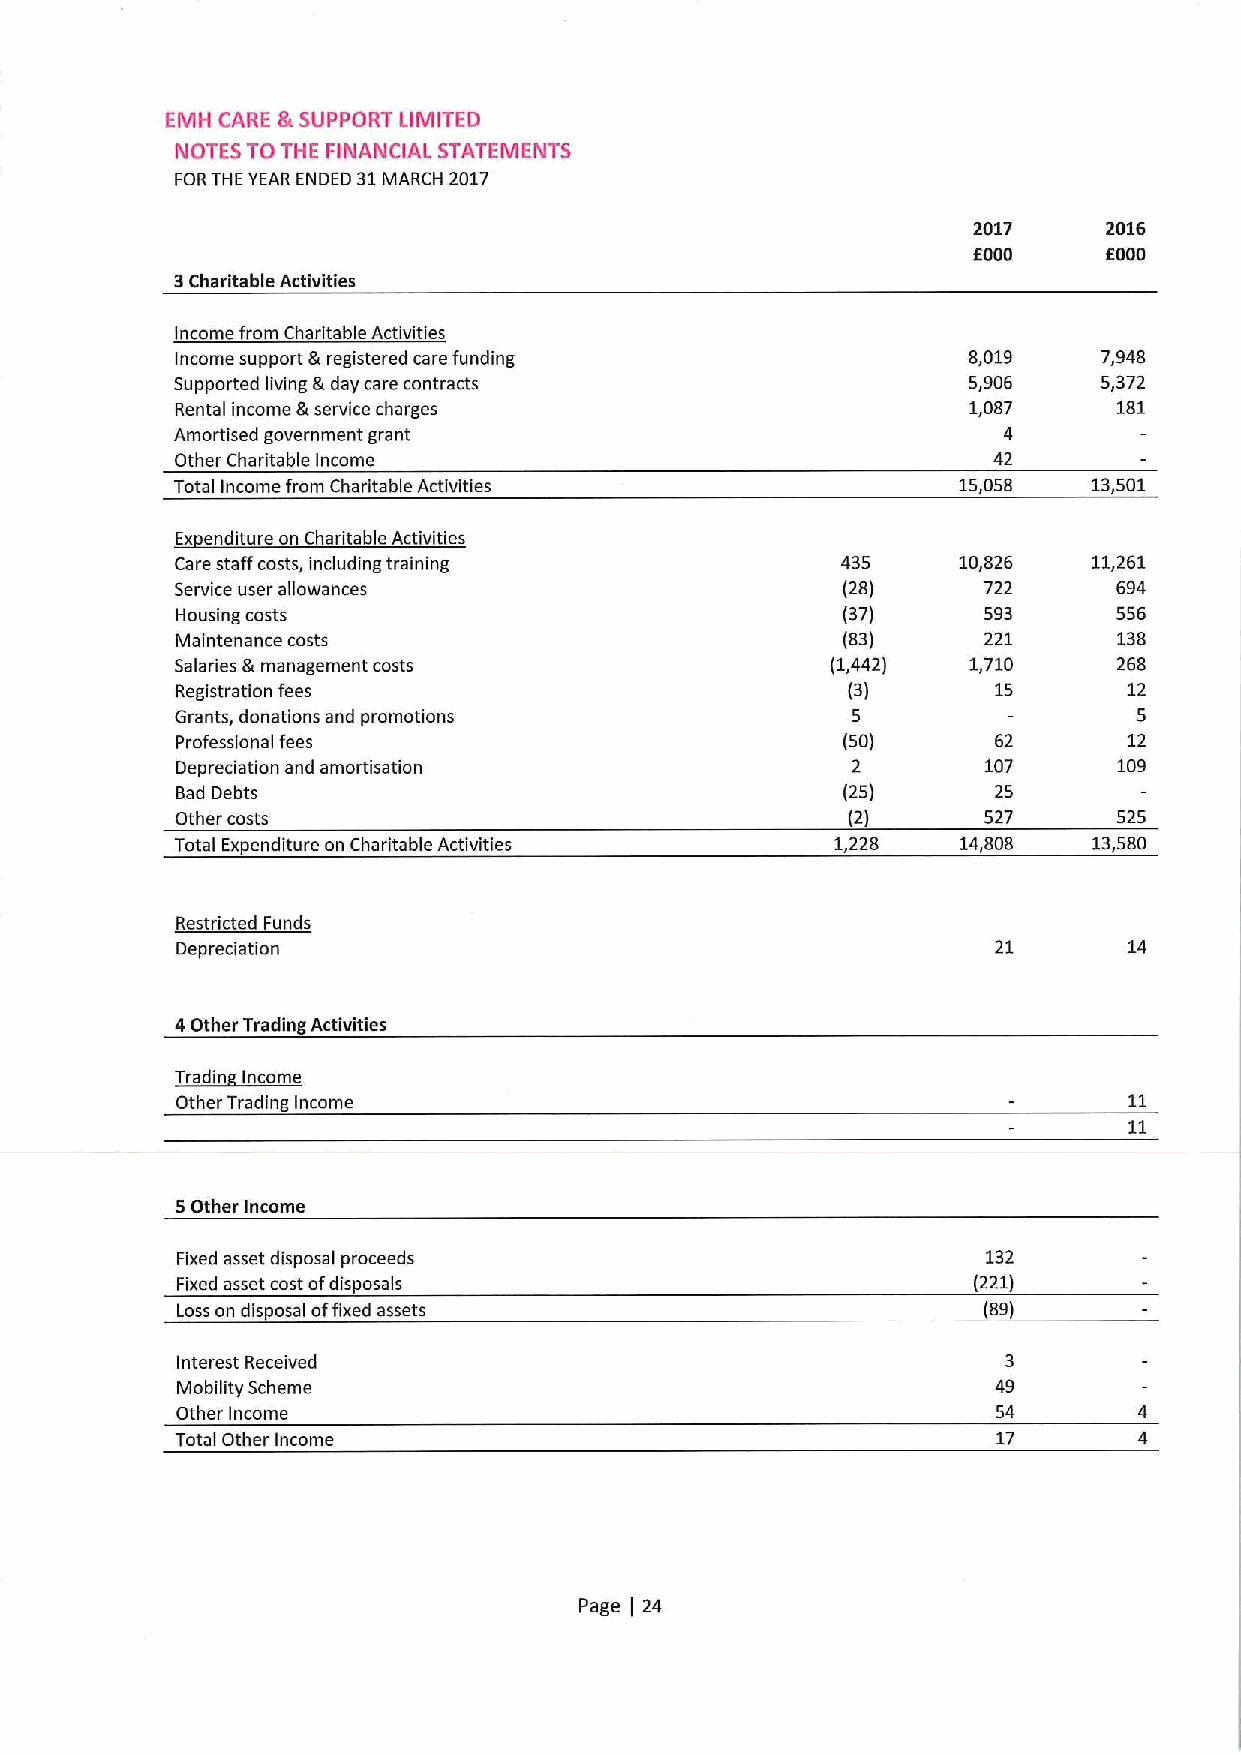
EMH CARE &SUPPORT LIMITED
 NOTES TO THE FINANCIAL STATEMENTS
 FORTHE YEAR ENDED 31MARCH 2017
 2017     2016
 6000     6000
 3Charitable Activities
 Income from Charitable Activities
 Income support &registered care funding             8,019    7,948
 Supported living &day care contracts                5,906    5,372
 Rental income &service charges                      1,087     181
 Amortised government grant                            4
 Other Charitable Income                               42
 Total Income from Charitable Activities            15,058   13,501
 Ex enditure on Charitable Activities
 Care staff costs, including training        435     10,826  11,261
 Service user allowances                     (28)     722      694
 Housing costs                               (37)     593      556
 Maintenance costs                           (83)     221      138
 Salaries &management costs                 (1,442)  1,710     268
 Registration fees                           (3)       15       12
 Grants, donations and promotions            5                  5
 Professional fees                           (50)      62       12
 Depreciation and amortisation               2        107      109
 Bad Debts                                   (25)      25
 Other costs                                 (2)      527      525
 Total Expenditure on Charitable Activities 1,228    14,808  13,580
 Restricted Funds
 Depreciation                                          21       14
 4Other Trading Activities
 d~d
 Other Trading Income
 5Other income
 Fixed asset disposal proceeds                        132
 Fixed asset cost of dispose is                      (221)
 Loss on disposal offixed assets                      (89)
 Interest Received                                      3
 Mobility Scheme                                       49
 Other Income                                          54
 Total Other Income                                    17
 Page 24
 (